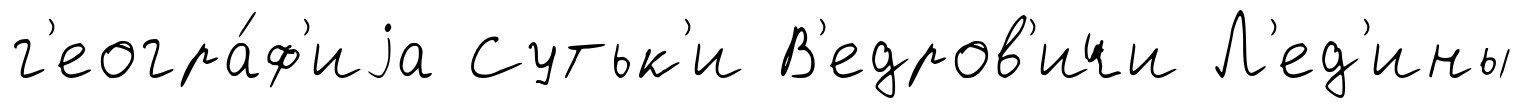
г'еогра́ф'иjа Сутьк'и В'едров'ичи Л'ед'ины